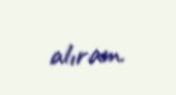
alıram.